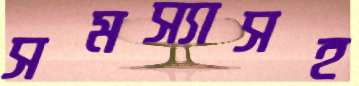
সমস্যাসহ